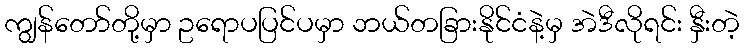
ကျွန်တော်တို့မှာ ဥရောပပြင်ပမှာ ဘယ်တခြားနိုင်ငံနဲ့မှ အဲဒီလိုရင်း နှီးတဲ့